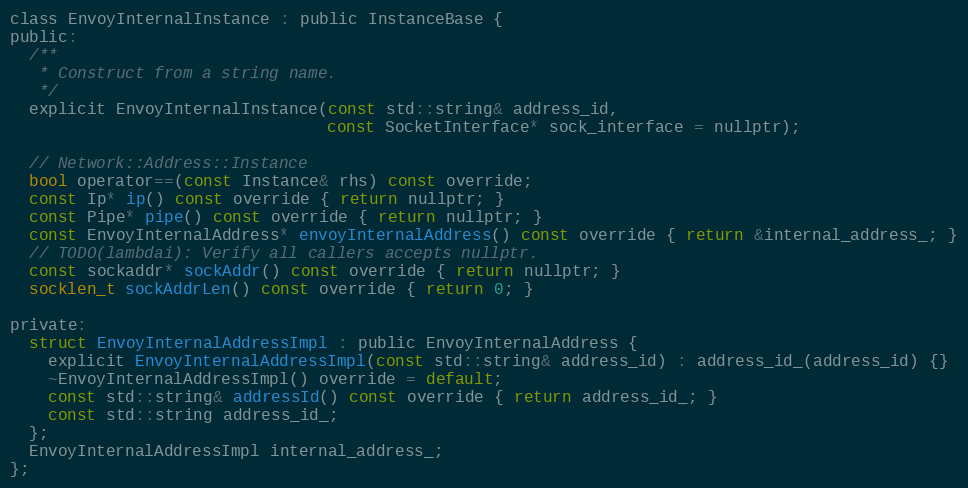
Language: C
class EnvoyInternalInstance : public InstanceBase {
public:
  /**
   * Construct from a string name.
   */
  explicit EnvoyInternalInstance(const std::string& address_id,
                                 const SocketInterface* sock_interface = nullptr);

  // Network::Address::Instance
  bool operator==(const Instance& rhs) const override;
  const Ip* ip() const override { return nullptr; }
  const Pipe* pipe() const override { return nullptr; }
  const EnvoyInternalAddress* envoyInternalAddress() const override { return &internal_address_; }
  // TODO(lambdai): Verify all callers accepts nullptr.
  const sockaddr* sockAddr() const override { return nullptr; }
  socklen_t sockAddrLen() const override { return 0; }

private:
  struct EnvoyInternalAddressImpl : public EnvoyInternalAddress {
    explicit EnvoyInternalAddressImpl(const std::string& address_id) : address_id_(address_id) {}
    ~EnvoyInternalAddressImpl() override = default;
    const std::string& addressId() const override { return address_id_; }
    const std::string address_id_;
  };
  EnvoyInternalAddressImpl internal_address_;
};